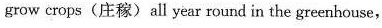
grow crops(庄稼)all year round in the greenhouse,